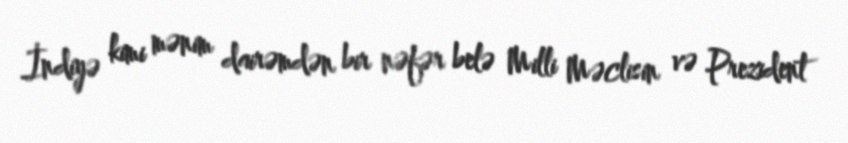
İndiyə kimi mənim dairəmdən bir nəfər belə Milli Məclisin və Prezident